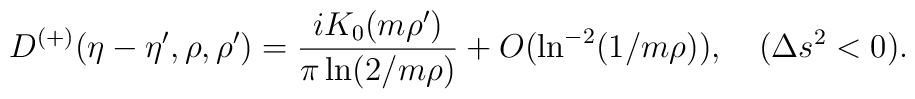
D^{(+)}(\eta-\eta',\rho,\rho')=\frac{iK_0(m\rho')}{\pi\ln(2/m\rho)}+O(\ln^{-2}(1/m\rho)),\quad (\Delta s^2<0).